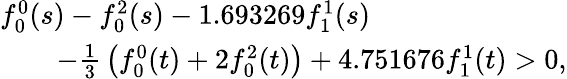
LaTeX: \begin{array}{l}{{f_{0}^{0}(s)-f_{0}^{2}(s)-1.693269f_{1}^{1}(s)}}\\ {{\qquad-{\frac{1}{3}}\left(f_{0}^{0}(t)+2f_{0}^{2}(t)\right)+4.751676f_{1}^{1}(t)>0,}}\end{array}